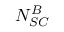
N _ { S C } ^ { B }